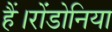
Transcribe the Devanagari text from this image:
हैं।रोंडोनिया